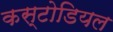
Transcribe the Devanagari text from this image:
कस्टोडियल